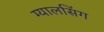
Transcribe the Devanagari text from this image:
ग्‍यालसिंग